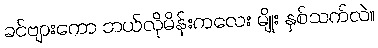
ခင်ဗျားကော ဘယ်လိုမိန်းကလေး မျိုး နှစ်သက်လဲ။